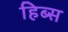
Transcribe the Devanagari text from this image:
हिब्स